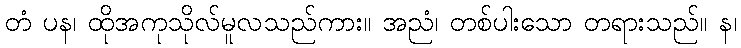
တံ ပန၊ ထိုအကုသိုလ်မူလသည်ကား။ အညံ၊ တစ်ပါးသော တရားသည်။ န၊